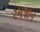
રમજાન